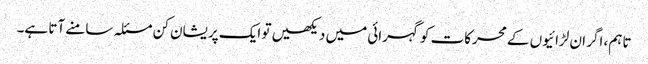
تاہم، اگر ان لڑائیوں کے محرکات کو گہرائی میں دیکھیں تو ایک پریشان کن مسئلہ سامنے آتا ہے۔